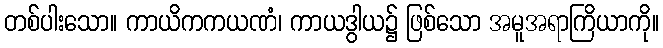
တစ်ပါးသော။ ကာယိကကယဏံ၊ ကာယဒွါယ၌ ဖြစ်သော အမူအရာကြိယာကို။